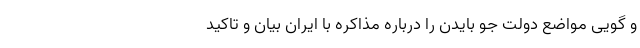
و گویی مواضع دولت جو بایدن را درباره مذاکره با ایران بیان و تاکید